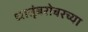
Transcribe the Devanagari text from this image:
धातूंबरोबरच्या